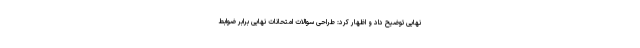
نهایی توضیح داد و اظهار کرد: طراحی سوالات امتحانات نهایی برابر ضوابط